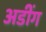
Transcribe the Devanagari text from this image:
अडींग